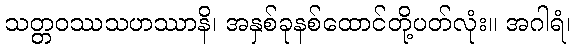
သတ္တဝဿသဟဿာနိ၊ အနှစ်ခုနစ်ထောင်တို့ပတ်လုံး။ အဂါရံ၊